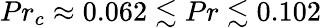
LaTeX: {Pr_{c}\approx 0.062\lesssim Pr\lesssim 0.102}